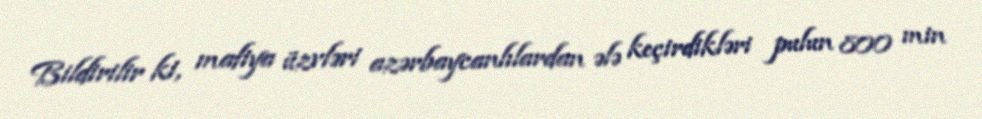
Bildirilir ki, mafiya üzvləri azərbaycanlılardan ələ keçirdikləri pulun 800 min